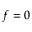
f = 0